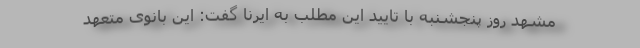
مشهد روز پنجشنبه با تایید این مطلب به ایرنا گفت: این بانوی متعهد